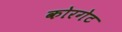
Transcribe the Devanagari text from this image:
कोरगेट